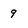
Character: 9